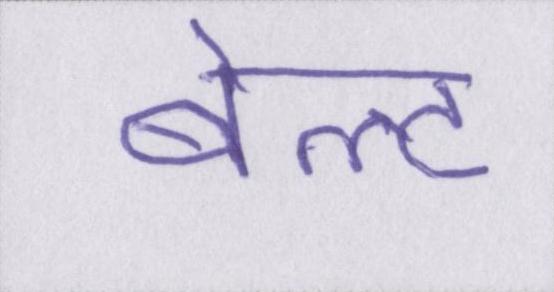
बेल्ट